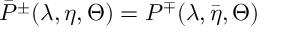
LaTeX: \bar { P } ^ { \pm } ( \lambda , \eta , \Theta ) = P ^ { \mp } ( \lambda , \bar { \eta } , \Theta )